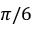
\pi / 6